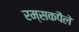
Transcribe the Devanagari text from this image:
रम्सकपैले